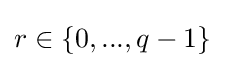
r\in \left\{0,...,q-1\right\}